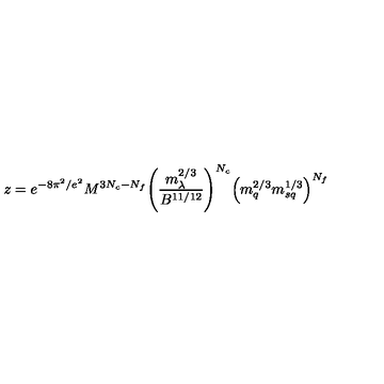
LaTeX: z = e ^ { - 8 \pi ^ { 2 } / e ^ { 2 } } M ^ { 3 N _ { c } - N _ { f } } \Bigg ( \frac { m _ { \lambda } ^ { 2 / 3 } } { B ^ { 1 1 / 1 2 } } \Bigg ) ^ { N _ { c } } \Big ( m _ { q } ^ { 2 / 3 } m _ { s q } ^ { 1 / 3 } \Big ) ^ { N _ { f } }